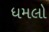
ધમલો